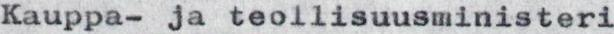
Kauppa- ja teollisuusministeri